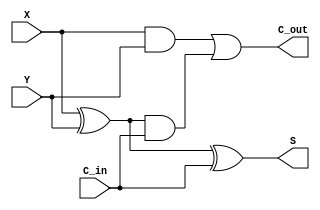
// 1-bit full adder

module fulladder(
  input X,
  input Y, 
  input C_in, 

  output S, 
  output C_out
  );

  wire w1,w2,w3;

  // Computing Sum (S)
  xor gate_1(w1, X, Y);
  xor gate_2(S, w1, C_in);

  // Computing Carry (C_out)
  and gate_3(w2, X, Y);
  and gate_4(w3, w1, C_in);
  or gate_5(C_out, w2, w3);

endmodule